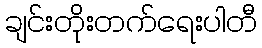
ချင်းတိုးတက်ရေးပါတီ